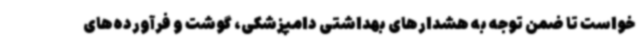
خواست تا ضمن توجه به هشدارهای بهداشتی دامپزشکی، گوشت و فرآورده‌های